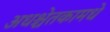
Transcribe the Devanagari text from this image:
अधश्चेतकामधे